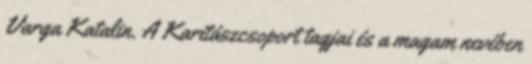
Varga Katalin. A Karitászcsoport tagjai és a magam nevében